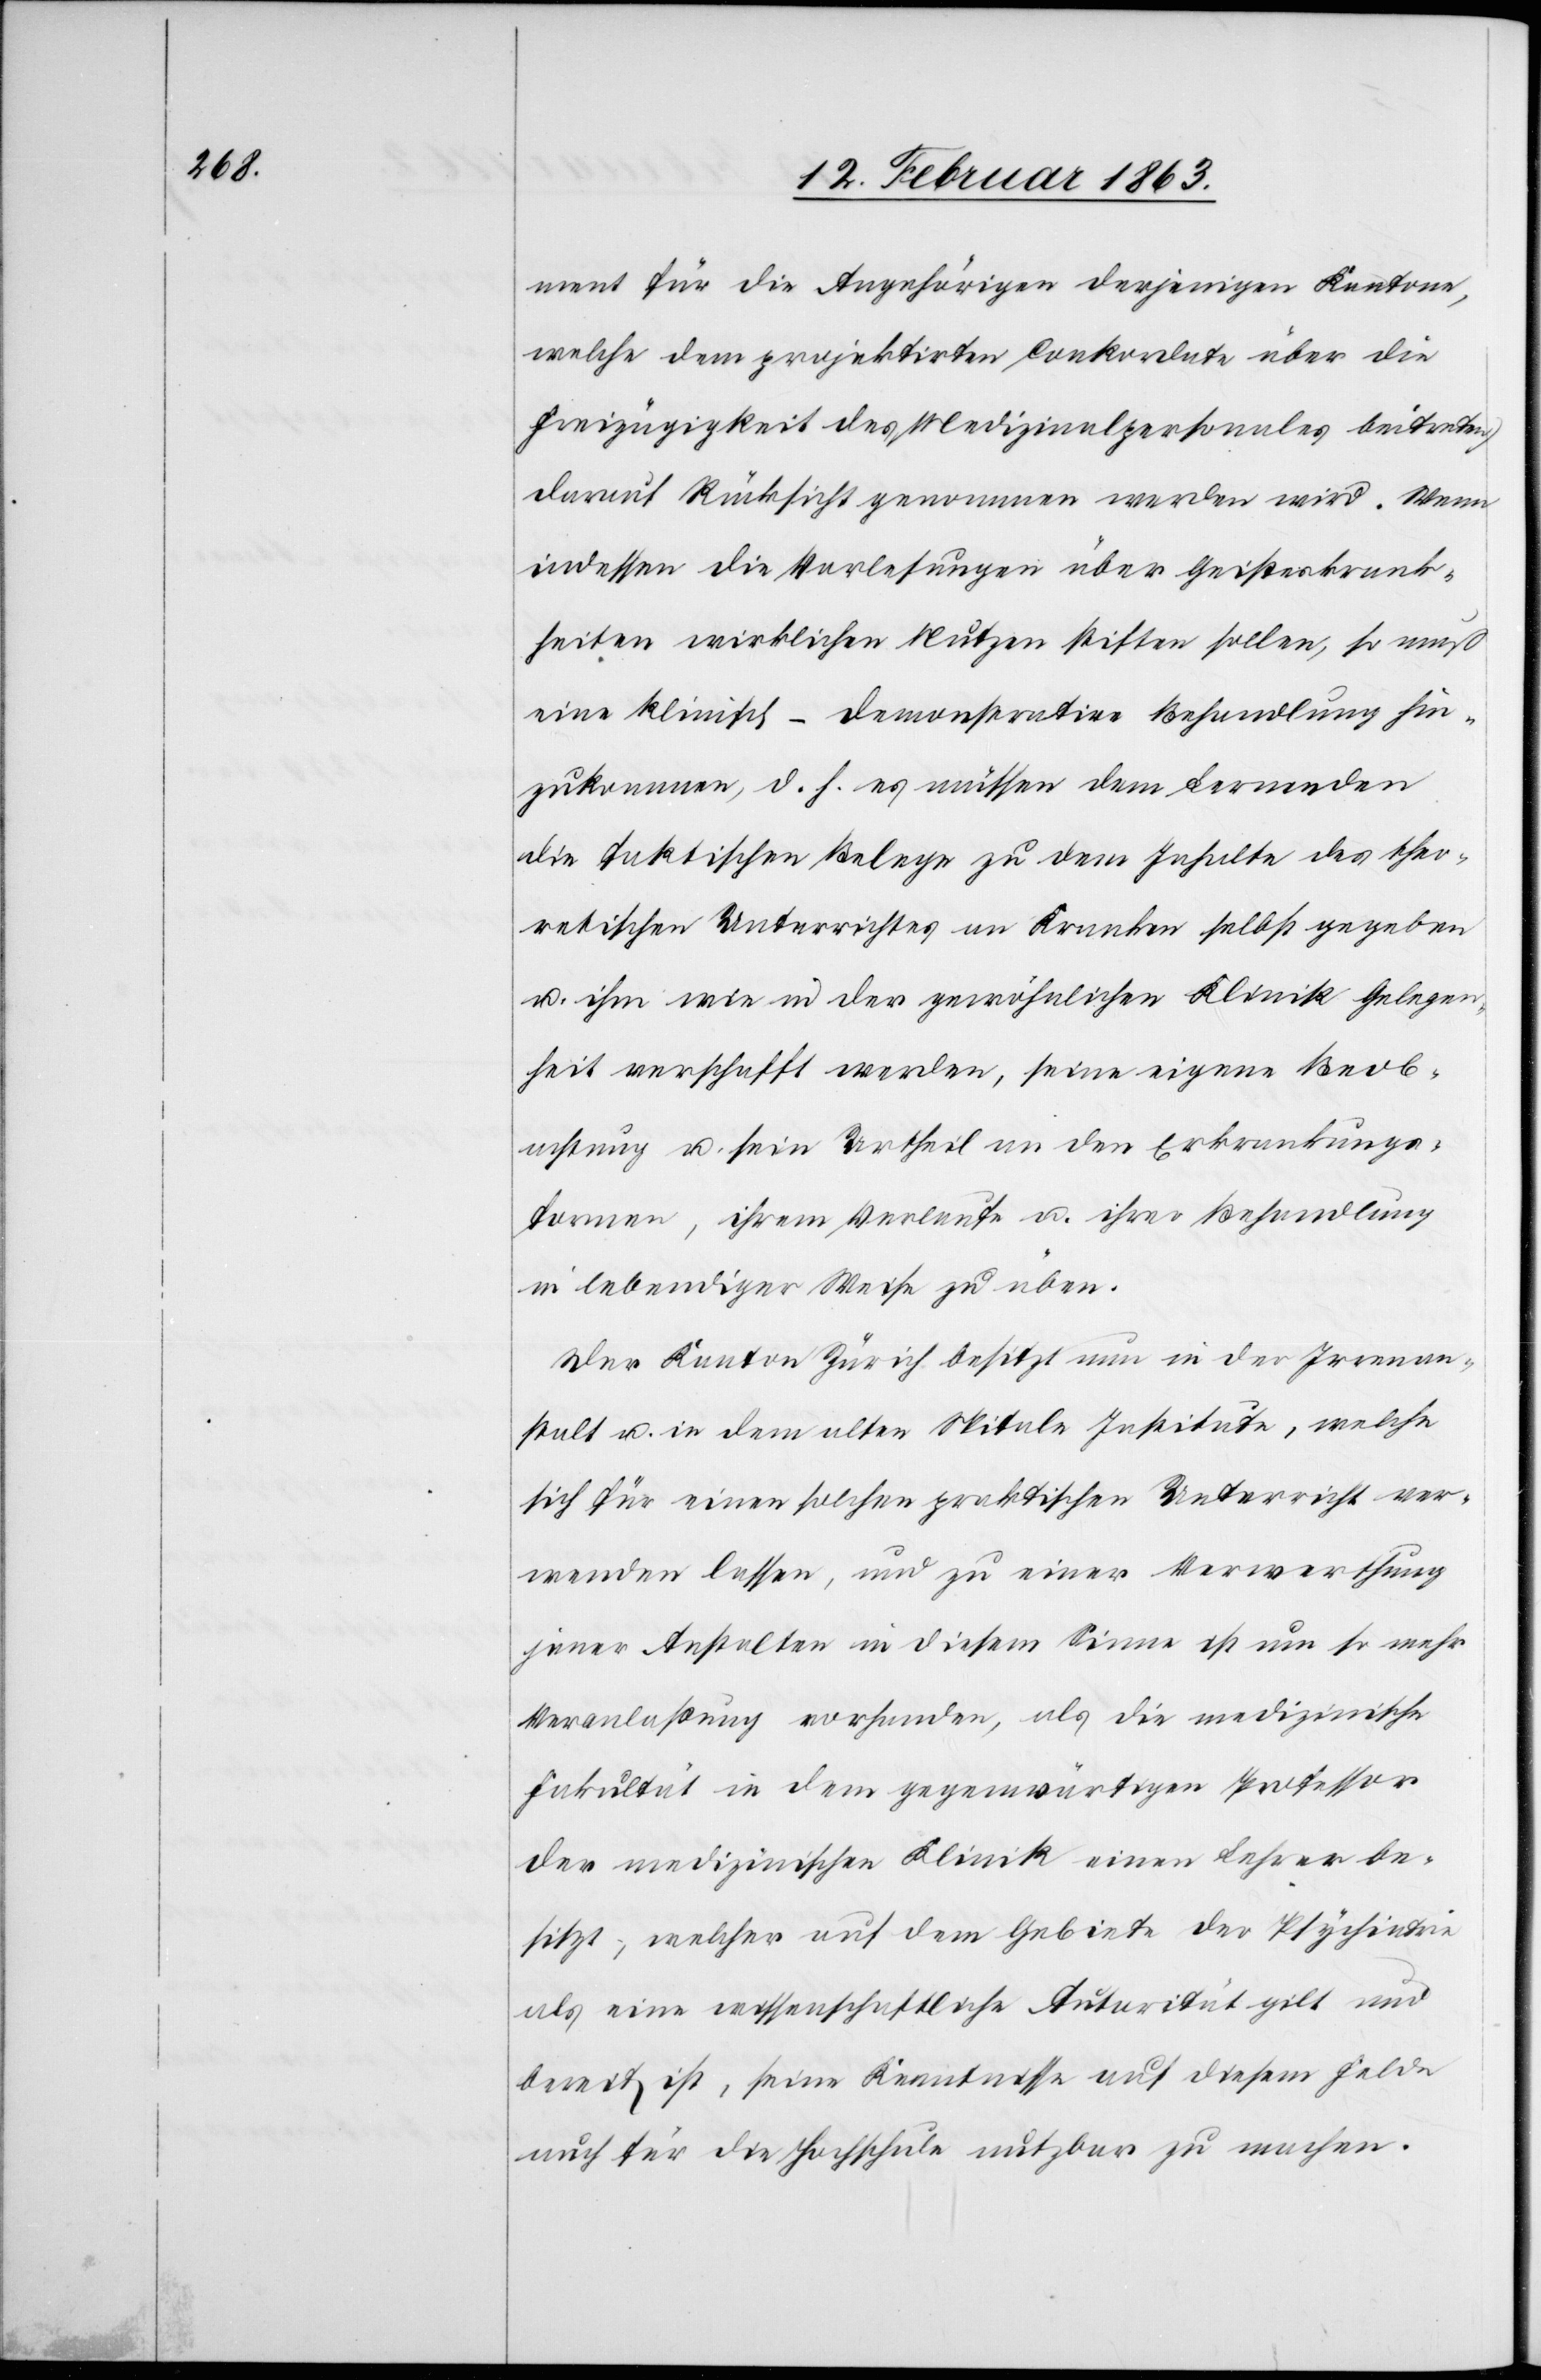
ment für die Angehörigen derjenigen Kantone,
welche dem projektirten Conkordate über die
Freizügigkeit des Medizinalpersonales beitreten)
darauf Rücksicht genommen werden wird. Wenn
indessen die Vorlesungen über Geisteskrank¬
heiten wirklichen Nutzen stiften sollen, so muß
eine klinisch-demonstrative Behandlung hin¬
zukommen, d. h. es müssen dem Lernenden
die faktischen Belege zu dem Inhalte des theo¬
retischen Unterrichtes an Kranken selbst gegeben
u. ihm wie in der gewöhnlichen Klinik Gelegen¬
heit verschafft werden, seine eigene Beob¬
achtung u. sein Urtheil an den Erkrankungs¬
formen, ihrem Verlaufe u. ihrer Behandlung
in lebendiger Weise zu üben.
Der Kanton Zürich besitzt nun in der Irrenan¬
stalt u. in dem alten Spitale Institute, welche
sich für einen solchen praktischen Unterricht ver¬
wenden lassen, und zu einer Verwerthung
jener Anstalten in diesem Sinne ist um so mehr
Veranlaßung vorhanden, als die medizinische
Fakultät in dem gegenwärtigen Professor
der medizinischen Klinik einen Lehrer be¬
sitzt, welcher auf dem Gebiete der Psychiatrie
als eine wissenschaftliche Autorität gilt und
bereit ist, seine Kenntnisse auf diesem Felde
auch für die Hochschule nutzbar zu machen.